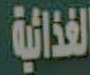
الغذائية